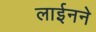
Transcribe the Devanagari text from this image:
लाईनने